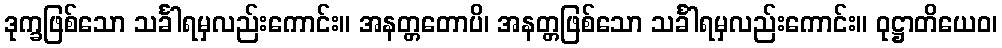
ဒုက္ခဖြစ်သော သင်္ခါရမှလည်းကောင်း။ အနတ္တတောပိ၊ အနတ္တဖြစ်သော သင်္ခါရမှလည်းကောင်း။ ဝုဋ္ဌာတိယေဝ၊